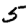
Digit: 5